Indian journal of veterinary science and animal husbandry - Volume 1,
Year: 1931
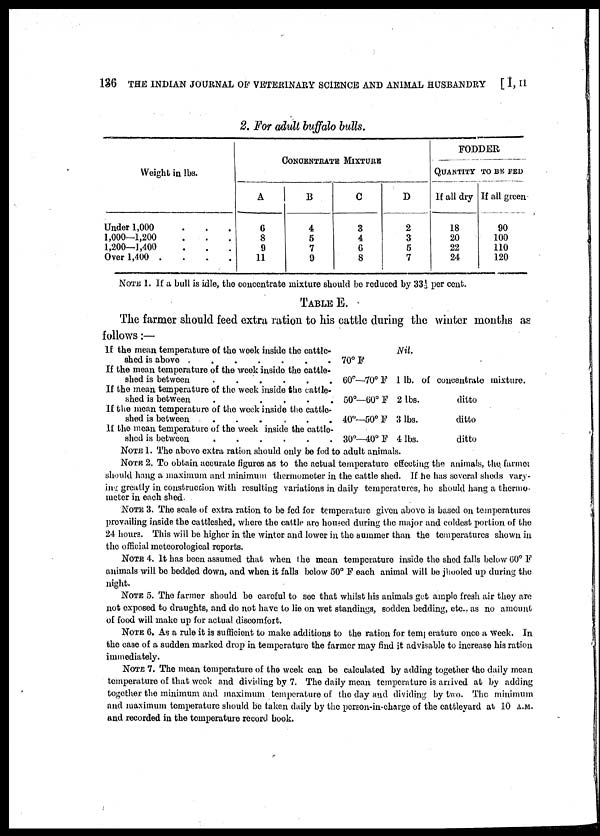
136 THE INDIAN JOURNAL OF VETERINARY SCIENCE AND ANIMAL HUSBANDRY
[ I, II
2. For adult buffalo bulls.
Weight in lbs.
Under 1,000
1,000—1,200
1,200—1,400
Over 1,400
....
CONCENTRATE MIXTURE
A
6
8
9
11
B
4
5
7
9
C
3
4
6
8
D
2
3
5
7
FODDER
QUANTITY
TO BE FED
If all dry
18
20
22
24
If all green
90
100
110
120
NOTE 1. If a bull is idle, the concentrate mixture should be reduced by 33 1/3 per cent.
TABLE E.
The farmer should feed extra ration to his cattle during the winter months as
follows:—
If the mean temperature of the week inside the cattle-
Nil.
shed is above
70° F
If the mean temperature of the week inside the cattle-
shed is between
60°—70° F 1 lb. of concentrate mixture.
If the mean temperature of the week inside the cattle-
shed is between
.
....
50°—60°
F 2 lbs.
ditto
If the mean temperature of the week inside the cattle-
shed is between
40°—50° F 3 lbs.
ditto
If the mean temperature of the week inside the cattle-
shed is between
30°—40°F 4 lbs.
ditto
NOTE 1. The above extra ration should only be fed to adult animals.
NOTE 2. To obtain accurate figures as to the actual temperature effecting the animals, the farmer
should hang a maximum and minimum thermometer in the cattle shed. If he has several sheds vary-
ing greatly in construction with resulting variations in daily temperatures, he should hang a thermo-
meter in each shed.
NOTE 3. The scale of extra ration to be fed for temperature given above is based on temperatures
prevailing inside the cattleshed, where the cattle are housed during the major and coldest portion of the
24 hours. This will be higher in the winter and lower in the summer than the temperatures shown in
the official meteorological reports.
NOTE 4. It has been assumed that when the mean temperature inside the shed falls below 60° F
animals will be bedded down, and when it falls below 50° F each animal will be jhooled up during the
night.
NOTE 5. The farmer should be careful to see that whilst his animals get ample fresh air they are
not exposed to draughts, and do not have to lie on wet standings, sodden bedding, etc., as no amount
of food will make up for actual discomfort.
NOTE 6. As a rule it is sufficient to make additions to the ration for temperature once a week. In
the case of a sudden marked drop in temperature the farmer may find it advisable to increase his ration
immediately.
NOTE 7. The mean temperature of the week can be calculated by adding together the daily mean
temperature of that week and dividing by 7. The daily mean temperature is arrived at by adding
together the minimum and maximum temperature of the day and dividing by two. The minimum
and maximum temperature should be taken daily by the person-in-charge of the cattleyard at 10 A.M.
and recorded in the temperature record book.